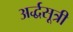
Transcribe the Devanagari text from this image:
अर्द्धसूत्री